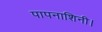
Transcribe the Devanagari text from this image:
पापनाशिनी।